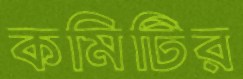
কমিটির